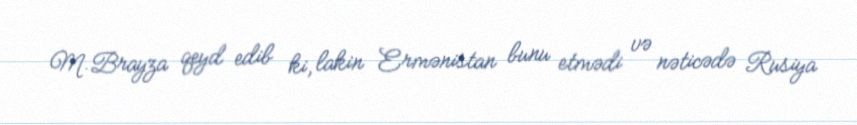
M.Brayza qeyd edib ki, lakin Ermənistan bunu etmədi və nəticədə Rusiya